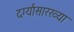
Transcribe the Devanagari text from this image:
दर्ग्यासारख्या